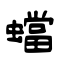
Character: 蟷